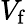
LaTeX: V_{\mathrm{f}}